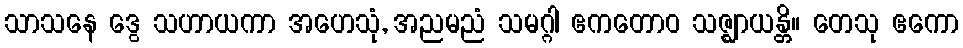
သာသနေ ဒွေ သဟာယကာ အဟေသုံ, အညမညံ သမဂ္ဂါ ဧကတောဝ သဇ္ဈာယန္တိ။ တေသု ဧကော